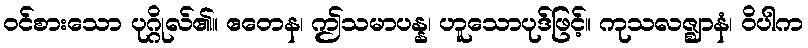
ဝင်စားသော ပုဂ္ဂိုလ်၏။ ဧတေန၊ ဤသမာပန္န၊ ဟူသောပုဒ်ဖြင့်။ ကုသလဇ္ဈာနံ၊ ဝိပါက